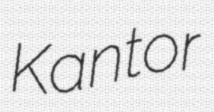
Kantor